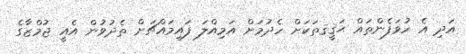
އަދި އެ ހުވަފެންތައް ޙަޤީޤތަކަށް ހެދުމަށް އަމިއްލަ ފައިމައްޗަށް ތެދުވުން އެއީ ޖުމްޒާގެ